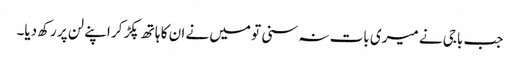
جب باجی نے میری بات نہ سنی تو میں نے ان کا ہاتھ پکڑ کر اپنے لن پر رکھ دیا۔